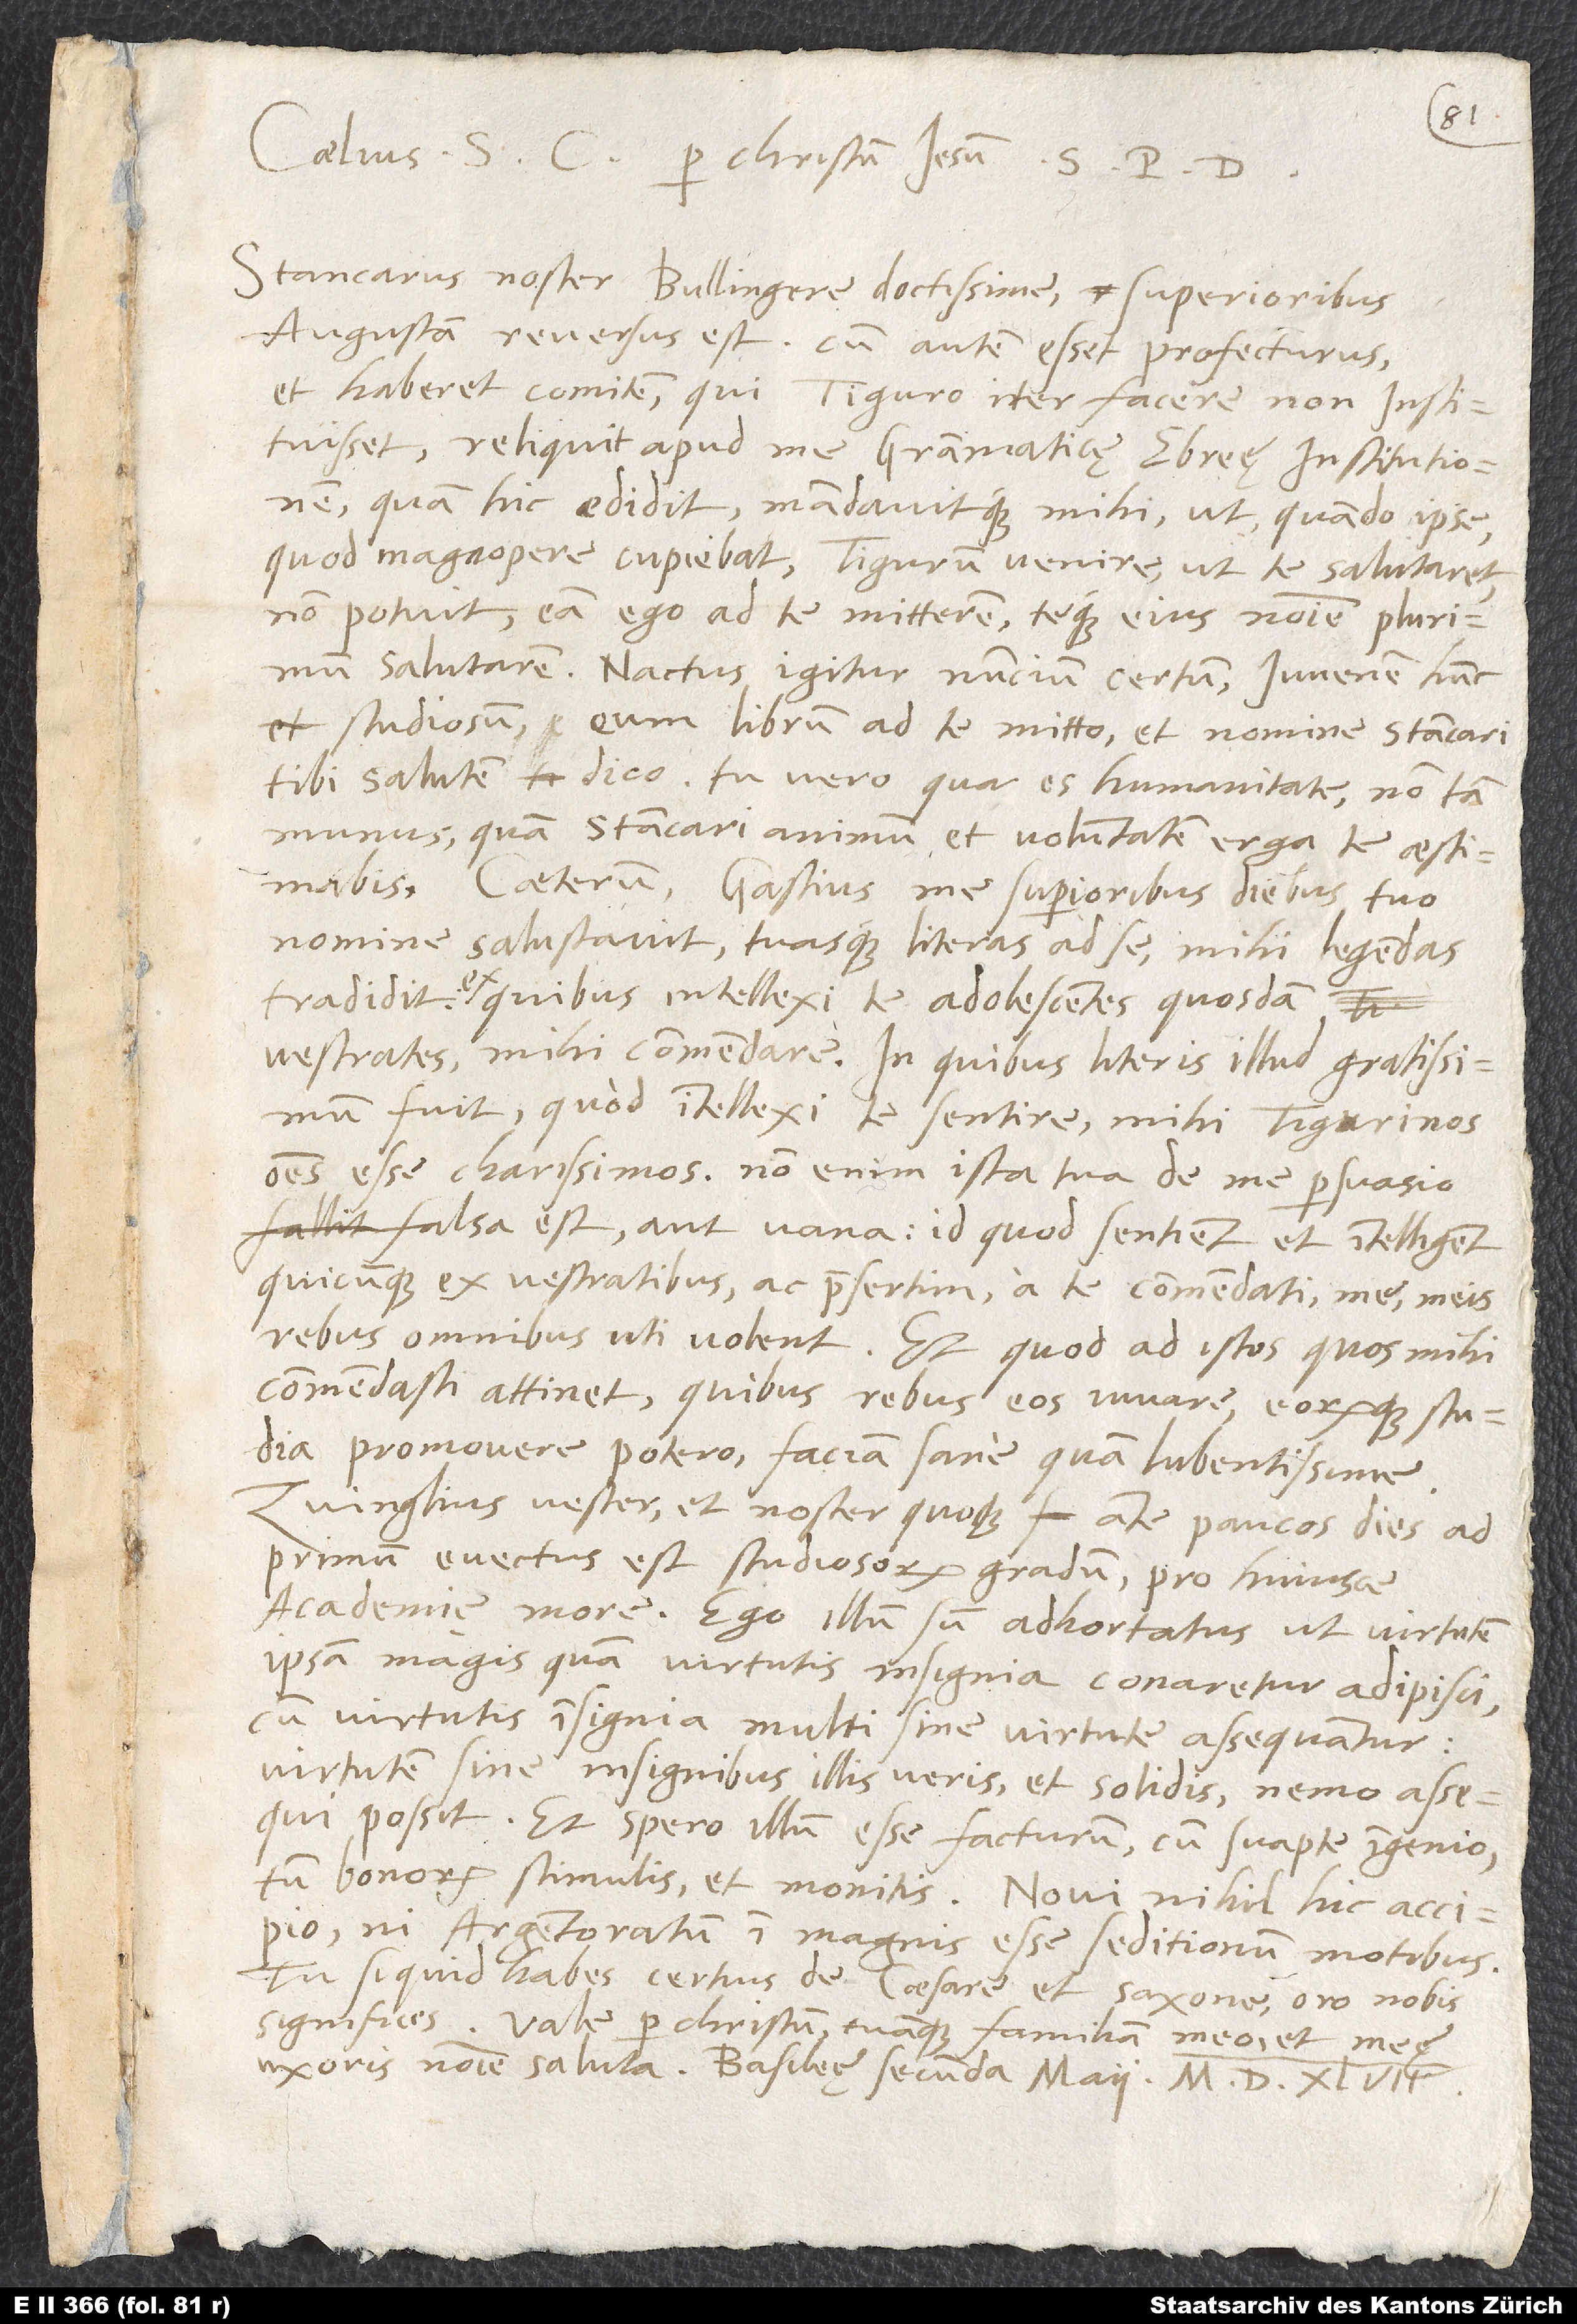
Caelius S per Christum Iesum S. P. D.
Stancarus noster, Bullingere doctissime, superioribus
Augustam reversus est. Cum autem esset profecturus
et haberet comitem, qui Tiguro iter facere non instituisset,
reliquit apud me grammaticę Ebreę institutionem,
quam hic edidit mandavitque mihi, ut, quando ipse
(quod magnopere cupiebat) Tigurum venire, ut te salutaret,
non potuit, eam ego ad te mitterem teque eius nomine plurimum
salutarem. Nactus igitur nuncium certum, iuvenem hunc
studiosum, eum librum ad te mitto et nomine Stancari
tibi salutem dico. Tu vero, qua es humanitate, non tam
munus quam Stancari animum et voluntatem erga te aestimabis.
Caeterum Gastius me superioribus diebus tuo
nomine salutavit tuasque literas ad se mihi legendas
tradidit, ex quibus intellexi te adolescentes quosdam
vestrates mihi commendare. In quibus literis illud gratissimum
fuit, quod intellexi te sentire mihi Tigurinos
omnes esse charissimos. Non enim ista tua de me persuasio
falsa est aut vana; id quod sentient et intelligent,
quicunque ex vestratibus ac praesertim a te commendati me, meis
rebus omnibus uti volent! Et quod ad istos, quos mihi
commendasti, attinet, quibus rebus eos iuvare eorumque studia
promovere potero, faciam sane quam lubentissime.
Zvinglius vester et noster quoque ante paucos dies ad
primum evectus est studiosorum gradum pro huiusce
academię more. Ego illum sum adhortatus, ut virtutem
ipsam magis quam virtutis insignia conaretur adipisci,
cum virtutis insignia multi sine virtute assequantur.
Virtutem sine insignibus illis veris et solidis nemo assequi
possit. Et spero illum esse facturum cum suapte ingenio,
tum bonorum stimulis et monitis. Novi nihil hic accipio,
ni Argentoratum in magnis esse seditionum motibus.
Tu, si quid habes certius de caesare et Saxone, oro, nobis
significes. Vale per Christum tuamque familiam meo et meę
uxoris nomine saluta. Basileę, secunda maii 1547.